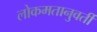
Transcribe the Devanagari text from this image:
लोकमतानुवर्ती